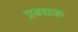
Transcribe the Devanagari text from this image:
प्रबधक